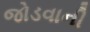
જોડવાની